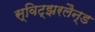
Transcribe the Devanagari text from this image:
स्विट्झरलैन्ड